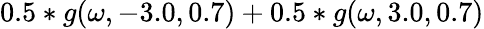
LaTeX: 0.5*g(\omega,-3.0,0.7)+0.5*g(\omega,3.0,0.7)